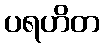
ပရဟိတ